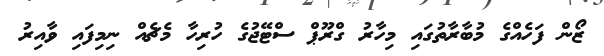
ޒޯން ފަހެއްގެ މުބާރާތުގައި މިހާރު ގްރޫޕް ސްޓޭޖުގެ ހުރިހާ މެޗެއް ނިމިފައި ވާއިރު